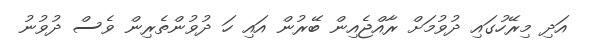
އަދި މިރޭހުގައި ދުވުމަށް ރާއްޖެއިން ބޭރުން އައި ހަ ދުވުންތެރިން ވެސް ދުވުނު